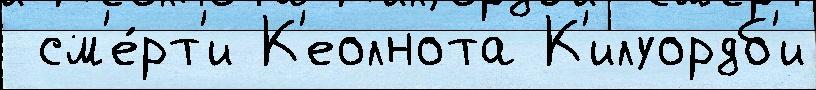
 см'е́рт'и К'еолнота К'илуордб'и